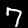
Digit: 7